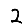
Digit: 2